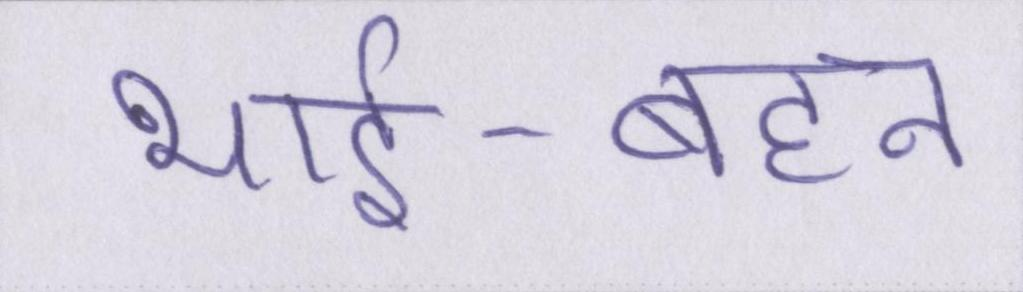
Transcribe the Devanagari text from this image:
भाई-बहन